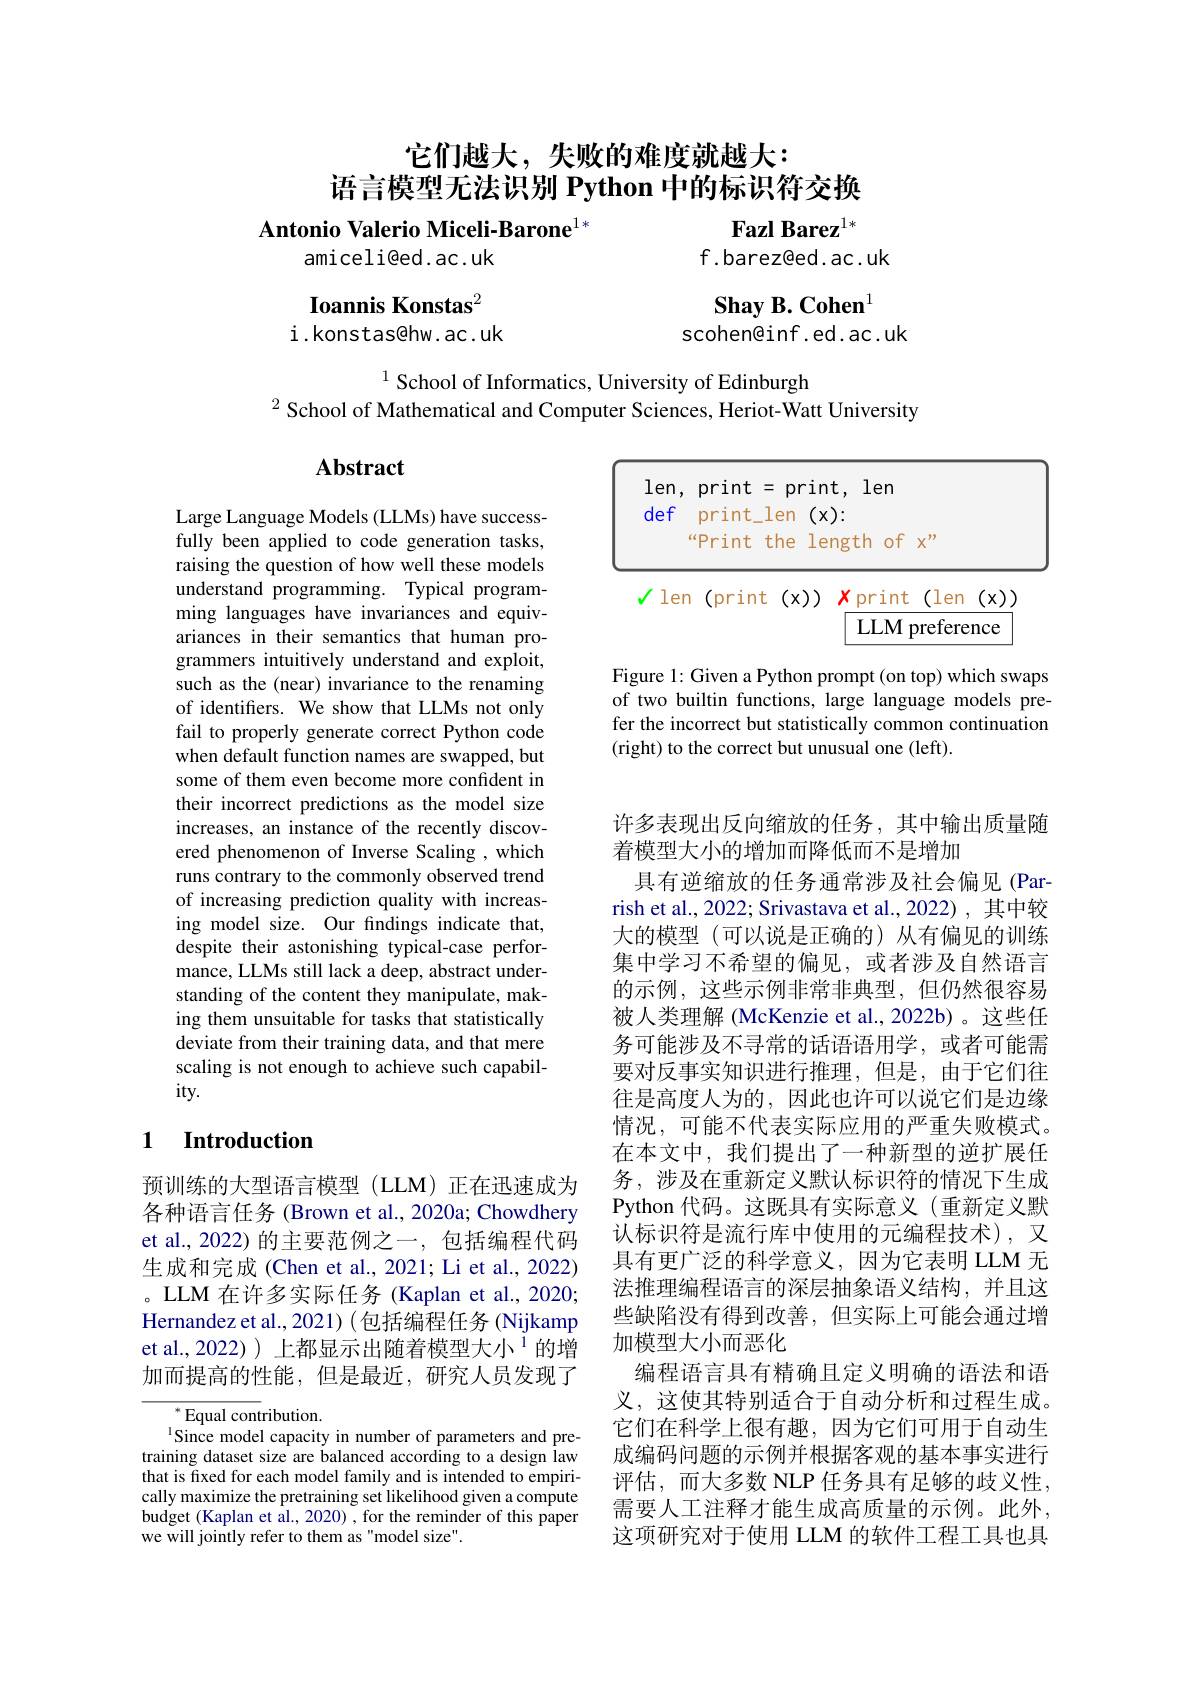
它们越大，失败的难度就越大：
语言模型无法识别 Python 中的标识符交换

Antonio Valerio Miceli-Barone$^{1*}$
Fazl Barez$^{1*}$
amiceli@ed.ac.uk
f.barez@ed.ac.uk

Shay B. Cohen$^{\mathrm{I}}$

Ioannis Konstas$^{2}$
i .konstas@hw. ac .uk

scohen@inf.ed.ac.uk

$^{1}$ School of Informatics, University of Edinburgh
$^{2}$School of Mathematical and Computer Sciences, Heriot-Watt University

### $\mathbf{Abstract}$

<FigureHere>

Figure 1: Given a Python prompt (on top) which swaps of two builtin functions, large language models prefer the incorrect but statistically common continuation (right) to the correct but unusual one (left).

Large Language Models (LLMs) have successfully been applied to code generation tasks, raising the question of how well these models understand programming. Typical programming languages have invariances and equivariances in their semantics that human programmers intuitively understand and exploit, such as the (near) invariance to the renaming of identifiers. We show that LLMs not only fail to properly generate correct Python code when default function names are swapped, but some of them even become more confident in their incorrect predictions as the model size increases, an instance of the recently discovered phenomenon of Inverse Scaling , which runs contrary to the commonly observed trend of increasing prediction quality with increasing model size. Our findings indicate that, despite their astonishing typical-case performance, LLMs still lack a deep, abstract understanding of the content they manipulate, making them unsuitable for tasks that statistically deviate from their training data, and that mere scaling is not enough to achieve such capability.

### 1 Introduction

许多表现出反向缩放的任务，其中输出质量随
着模型大小的增加而降低而不是增加
具有逆缩放的任务通常涉及社会偏见(Par-) rish et al., 2022; Srivastava et al., 2022) , 其中较大的模型(可以说是正确的)从有偏见的训练集中学习不希望的偏见，或者涉及自然语言的示例，这些示例非常非典型，但仍然很容易被人类理解 (McKenzie et al., 2022b) 。这些任务可能涉及不寻常的话语语用学，或者可能需要对反事实知识进行推理，但是，由于它们往往是高度人为的，因此也许可以说它们是边缘情况，可能不代表实际应用的严重失败模式。在本文中，我们提出了一种新型的逆扩展任务，涉及在重新定义默认标识符的情况下生成Python 代码。这既具有实际意义(重新定义默认标识符是流行库中使用的元编程技术),又具有更广泛的科学意义，因为它表明 LLM 无法推理编程语言的深层抽象语义结构，并且这些缺陷没有得到改善，但实际上可能会通过增加模型大小而恶化
编程语言具有精确且定义明确的语法和语义，这使其特别适合于自动分析和过程生成。它们在科学上很有趣，因为它们可用于自动生成编码问题的示例并根据客观的基本事实进行评估，而大多数 NLP 任务具有足够的歧义性， 需要人工注释才能生成高质量的示例。此外， 这项研究对于使用 LLM 的软件工程工具也具

预训练的大型语言模型(LLM)正在迅速成为各种语言任务 (Brown et al., 2020a; Chowdhery et al.,2022) 的主要范例之一，包括编程代码生成和完成(Chen et al., 2021; Li et al., 2022) 。LLM 在许多实际任务(Kaplan et al., 2020; Hernandez et al., 2021) ( 包括编程任务 (Nijkamp et al.,2022))上都显示出随着模型大小$^{1}$的增加而提高的性能，但是最近，研究人员发现了

$^{*}$Equal contribution.
$^{\mathrm{l}}$Since model capacity in number of parameters and pretraining dataset size are balanced according to a design law that is fixed for each model family and is intended to empirically maximize the pretraining set likelihood given a compute budget (Kaplan et al., 2020) , for the reminder of this paper we will jointly refer to them as"model size".